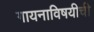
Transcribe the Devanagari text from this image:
गायनाविषयीची